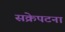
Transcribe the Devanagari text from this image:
सक्रेपटना